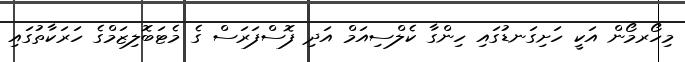
މިހޯރމޯން އަކީ ހަށިގަނޑުގައި ހިންގާ ކެލްސިއަމް އަދި ފޮސްފަރަސް ގެ މެޓަބޮލިޒަމްގެ ހަރަކާތުގައި